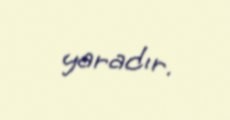
yaradır.